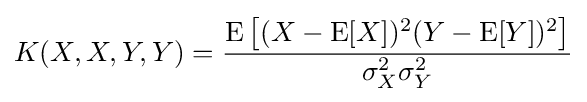
K(X,X,Y,Y)={\operatorname {E} {{\big [}(X-\operatorname {E} [X])^{2}(Y-\operatorname {E} [Y])^{2}{\big ]}} \over \sigma _{X}^{2}\sigma _{Y}^{2}}